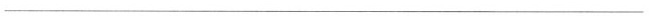
___